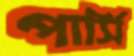
পার্সি